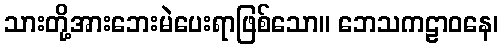
သားတို့အားဘေးမဲပေးရာဖြစ်သော။ ဘေသကဠာဝနေ၊